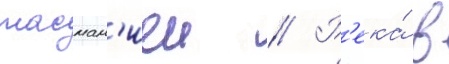
тасман'иеи // Р'ека́ в